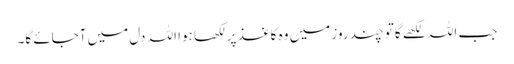
جب اللہ لکھے گاتو چند روز میں وہ کاغذ پر لکھا ہوا اللہ دل میں آجائے گا۔